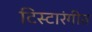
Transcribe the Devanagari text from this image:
टिस्टारंगीत